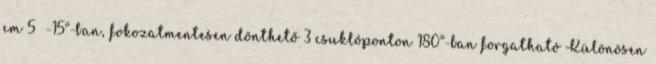
cm 5 -15°-ban, fokozatmentesen dönthető 3 csuklóponton 180°-ban forgatható Különösen